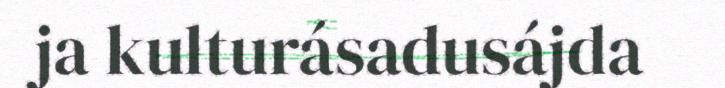
ja kulturásadusájda